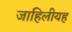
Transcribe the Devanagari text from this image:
जाहिलीयह